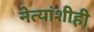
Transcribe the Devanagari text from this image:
नेत्यांशीही